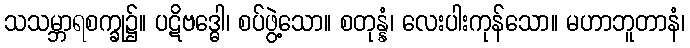
သသမ္ဘာရစက္ခု၌။ ပဋိဗဒ္ဓေါ၊ စပ်ဖွဲ့သော။ စတုန္နံ၊ လေးပါးကုန်သော။ မဟာဘူတာနံ၊